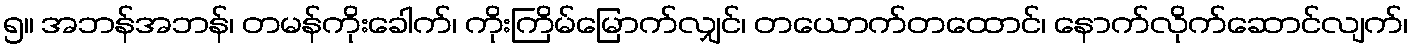
၅။ အဘန်အဘန်၊ တမန်ကိုးခေါက်၊ ကိုးကြိမ်မြောက်လျှင်၊ တယောက်တထောင်၊ နောက်လိုက်ဆောင်လျက်၊